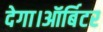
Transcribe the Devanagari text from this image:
देगा।ऑर्बिटर